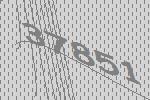
37851